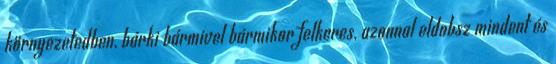
környezetedben, bárki bármivel bármikor felkeres, azonnal eldobsz mindent és